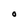
Character: O